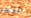
لتفجير